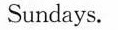
Sundays.